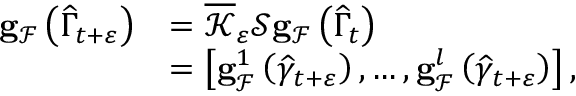
\begin{array} { r l } { \mathbf { g } _ { \mathcal { F } } \left( \widehat { \Gamma } _ { t + \varepsilon } \right) } & { = \overline { { \mathcal { K } } } _ { \varepsilon } \mathcal { S } \mathbf { g } _ { \mathcal { F } } \left( \widehat { \Gamma } _ { t } \right) } \\ & { = \left[ \mathbf { g } _ { \mathcal { F } } ^ { 1 } \left( \widehat { \gamma } _ { t + \varepsilon } \right) , \ldots , \mathbf { g } _ { \mathcal { F } } ^ { l } \left( \widehat { \gamma } _ { t + \varepsilon } \right) \right] , } \end{array}